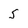
Character: 5